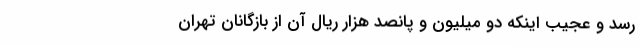
رسد و عجیب اینکه دو میلیون و پانصد هزار ریال آن از بازگانان تهران